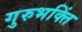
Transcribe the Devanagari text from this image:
गुरुभक्तिं